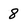
Character: 8